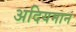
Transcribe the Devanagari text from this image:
अदियमान